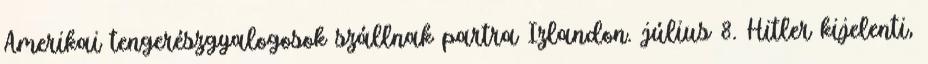
Amerikai tengerészgyalogosok szállnak partra Izlandon. július 8. Hitler kijelenti,